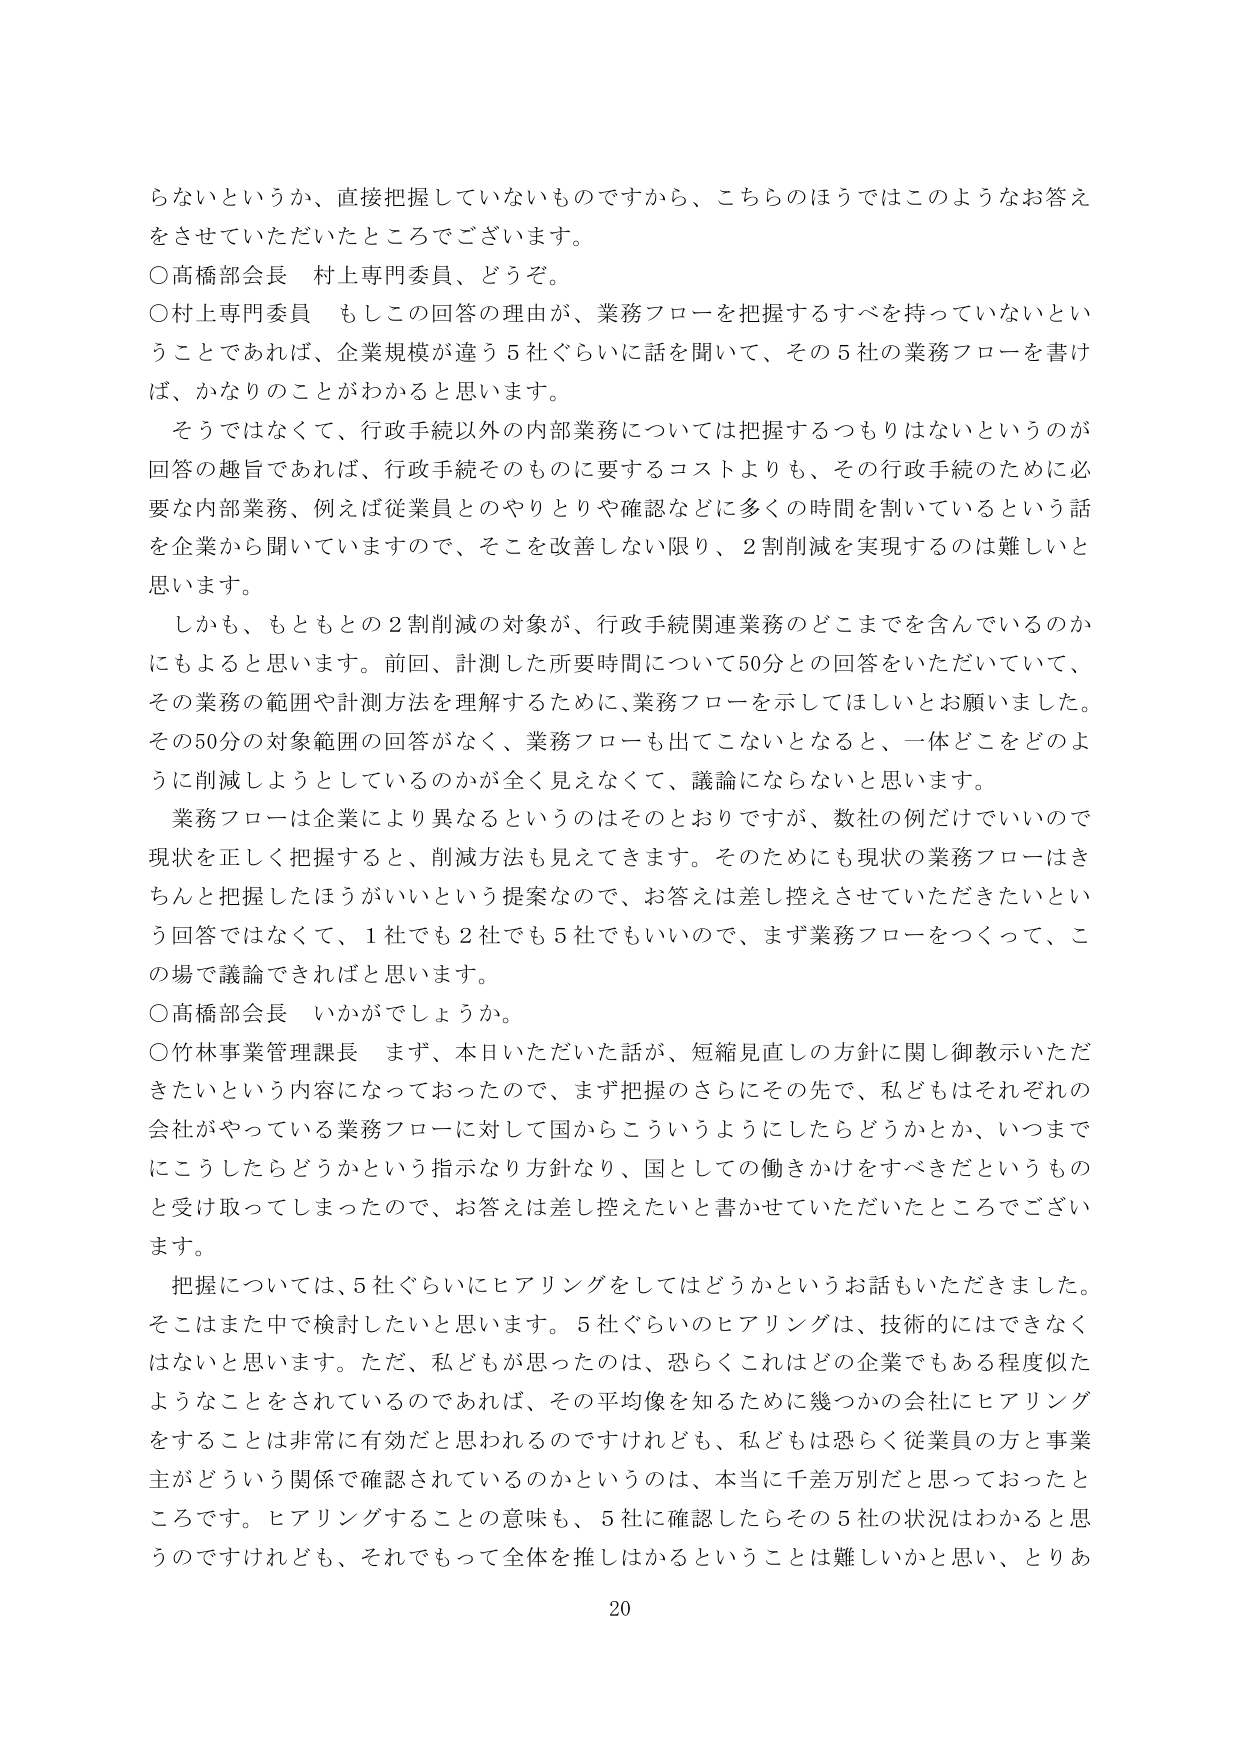
らないというか、直接把握していないものですから、こちらのほうではこのようなお答えをさせていただいたところでございます。

○高橋部会長　村上専門委員、どうぞ。

○村上専門委員　もしこの回答の理由が、業務フローを把握するすべを持っていないということであれば、企業規模が違う5社ぐらいに話を聞いて、その5社の業務フローを書けば、かなりのことがわかると思います。

　そうではなくて、行政手続以外の内部業務については把握するつもりはないというのが回答の趣旨であれば、行政手続そのものに要するコストよりも、その行政手続のために必要な内部業務、例えば従業員とのやりとりや確認などに多くの時間を割いているという話を企業から聞いていますので、そこを改善しない限り、2割削減を実現するのは難しいと思います。

　しかも、もともとの2割削減の対象が、行政手続関連業務のどこまでを含んでいるのかにもよると思います。前回、計測した所要時間について50分との回答をいただいていて、その業務の範囲や計測方法を理解するために、業務フローを示してほしいとお願いしました。その50分の対象範囲の回答がなく、業務フローも出てこないとなると、一体どこをどのように削減しようとしているのかが全く見えなくて、議論にならないと思います。

　業務フローは企業により異なるというのはそのとおりですが、数社の例だけでいいので現状を正しく把握すると、削減方法も見えてきます。そのためにも現状の業務フローはきちんと把握したほうがいいという提案なので、お答えは差し控えさせていただきたいという回答ではなくて、1社でも2社でも5社でもいいので、まず業務フローをつくって、この場で議論できればと思います。

○高橋部会長　いかがでしょうか。

○竹林事業管理課長　まず、本日いただいた話が、短縮見直しの方針に関し御教示いただきたいという内容になっておったので、まず把握のさらにその先で、私どもはそれぞれの会社がやっている業務フローに対して国からこういうようにしたらどうかとか、いつまでにこうしたらどうかという指示なり方針なり、国としての働きかけをすべきだというものと受け取ってしまったので、お答えは差し控えたいと書かせていただいたところでございます。

　把握については、5社ぐらいにヒアリングをしてはどうかというお話もいただきました。そこはまた中で検討したいと思います。5社ぐらいのヒアリングは、技術的にはできないと思います。ただ、私どもが思ったのは、恐らくこれはどの企業でもある程度似たようなことをされているのであれば、その平均像を知るために幾つかの会社にヒアリングをすることは非常に有効だと思われるのですけれども、私どもは恐らく従業員の方と事業主がどういう関係で確認されているのかというのは、本当に千差万別だと思っておったところです。ヒアリングすることの意味も、5社に確認したらその5社の状況はわかると思うのですけれども、それでもって全体を推しはかるということは難しいかと思い、とりあえ

20